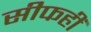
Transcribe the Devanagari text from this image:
सीफहीं